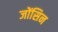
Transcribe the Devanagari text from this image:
जोंसिन